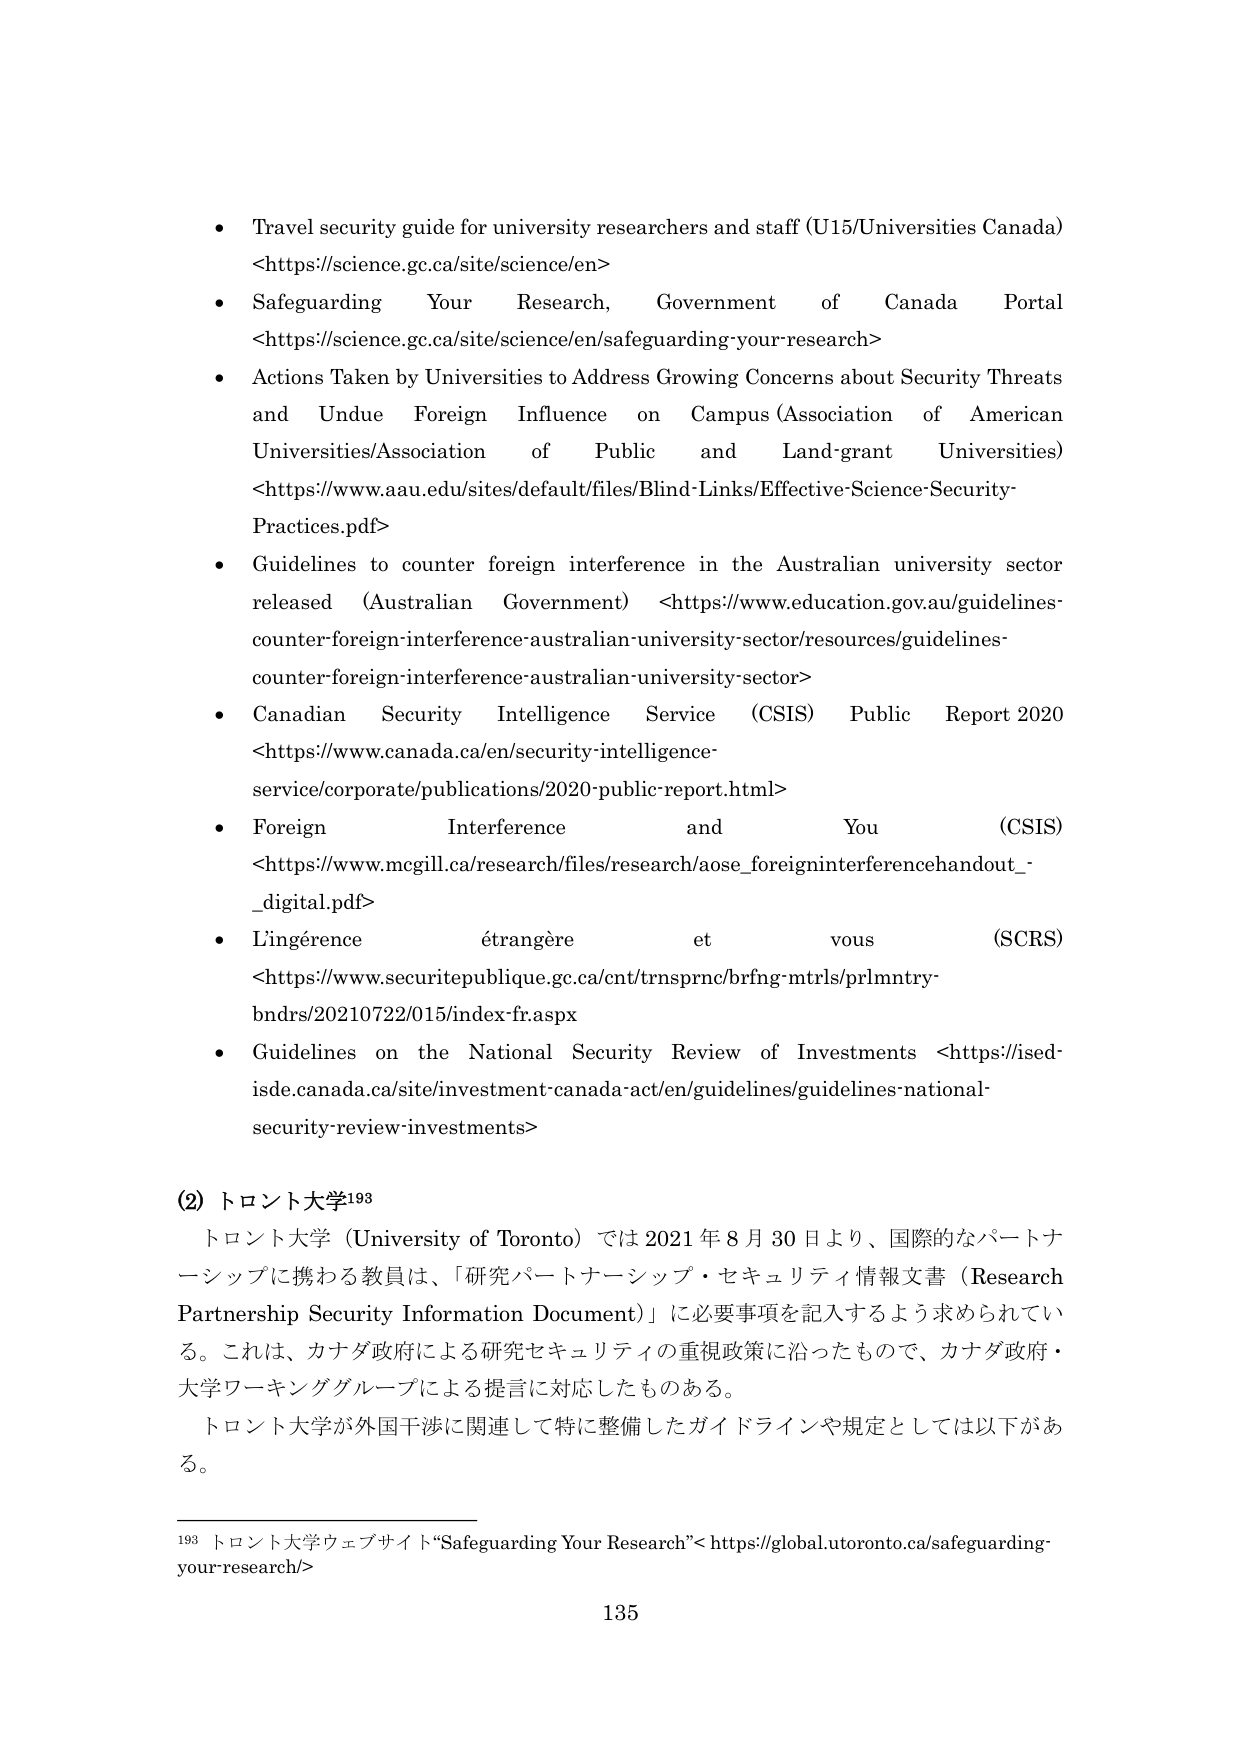
• Travel security guide for university researchers and staff (U15/Universities Canada) <https://science.gc.ca/site/science/en>

• Safeguarding Your Research, Government of Canada Portal <https://science.gc.ca/site/science/en/safeguarding-your-research>

• Actions Taken by Universities to Address Growing Concerns about Security Threats and Undue Foreign Influence on Campus (Association of American Universities/Association of Public and Land-grant Universities) <https://www.aau.edu/sites/default/files/Blind-Links/Effective-Science-Security-Practices.pdf>

• Guidelines to counter foreign interference in the Australian university sector released (Australian Government) <https://www.education.gov.au/guidelines-counter-foreign-interference-australian-university-sector/resources/guidelines-counter-foreign-interference-australian-university-sector>

• Canadian Security Intelligence Service (CSIS) Public Report 2020 <https://www.canada.ca/en/security-intelligence-service/corporate/publications/2020-public-report.html>

• Foreign Interference and You (CSIS) <https://www.mcgill.ca/research/files/research/aose_foreigninterferencehandout__digital.pdf>

• L'ingérence étrangère et vous (SCRS) <https://www.securitepublique.gc.ca/cnt/tnsprnc/brfng-mtrls/prlmntry-bndrs/20210722/015/index-fr.aspx>

• Guidelines on the National Security Review of Investments <https://ised-isee.canada.ca/site/investment-canada-act/en/guidelines/guidelines-national-security-review-investments>

(2) トロント大学¹⁹³

トロント大学（University of Toronto）では2021年8月30日より、国際的なパートナーシップに携わる教員は、「研究パートナーシップ・セキュリティ情報文書（Research Partnership Security Information Document）」に必要事項を記入するよう求められている。これは、カナダ政府による研究セキュリティの重視政策に沿ったもので、カナダ政府・大学ワーキンググループによる提言に対応したものある。

トロント大学が外国干渉に関連して特に整備したガイドラインや規定としては以下がある。

¹⁹³ トロント大学ウェブサイト“Safeguarding Your Research”<https://global.utoronto.ca/safeguarding-your-research/>

135